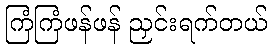
ကြံကြံဖန်ဖန် ညှင်းရက်တယ်